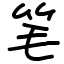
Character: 笔